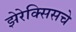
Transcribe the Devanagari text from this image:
झेरेक्सिसचे